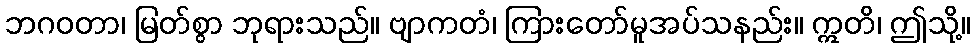
ဘဂဝတာ၊ မြတ်စွာ ဘုရားသည်။ ဗျာကတံ၊ ကြားတော်မူအပ်သနည်း။ ဣတိ၊ ဤသို့။